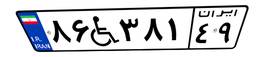
۷۵W۷۰۳۹۷